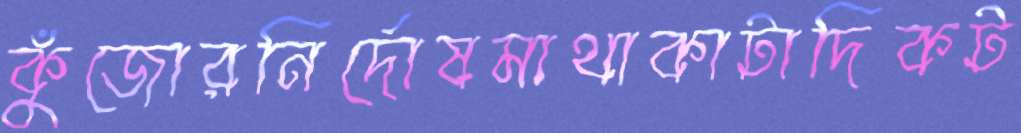
কুঁজোরনির্দোষমাথাকাটাদিকট